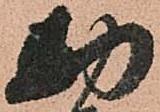
勘